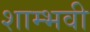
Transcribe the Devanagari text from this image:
शाम्भवी